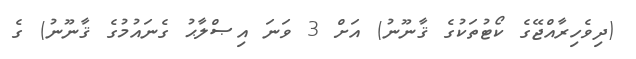
(ދިވެހިރާއްޖޭގެ ކޯޓުތަކުގެ ޤާނޫނު) އަށް 3 ވަނަ އިޞްލާޙު ގެނައުމުގެ ޤާނޫނު) ގެ